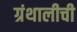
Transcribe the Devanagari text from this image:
ग्रंथालीची